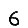
Digit: 6